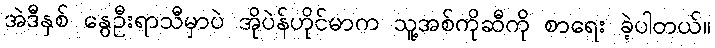
အဲဒီနှစ် နွေဦးရာသီမှာပဲ အိုပဲန်ဟိုင်မာက သူ့အစ်ကိုဆီကို စာရေး ခဲ့ပါတယ်။